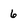
Character: 6